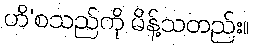
ဟိ’စသည်ကို မိန့်သတည်း။